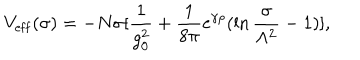
V _ { \mathrm { e f f } } ( \sigma ) = - N \sigma [ { \frac { 1 } { g _ { 0 } ^ { 2 } } } + { \frac { 1 } { 8 \pi } } \mathrm { e } ^ { \gamma \rho } ( \ln { \frac { \sigma } { \Lambda ^ { 2 } } } - 1 ) ] ,